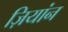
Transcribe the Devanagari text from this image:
ज़ियांन